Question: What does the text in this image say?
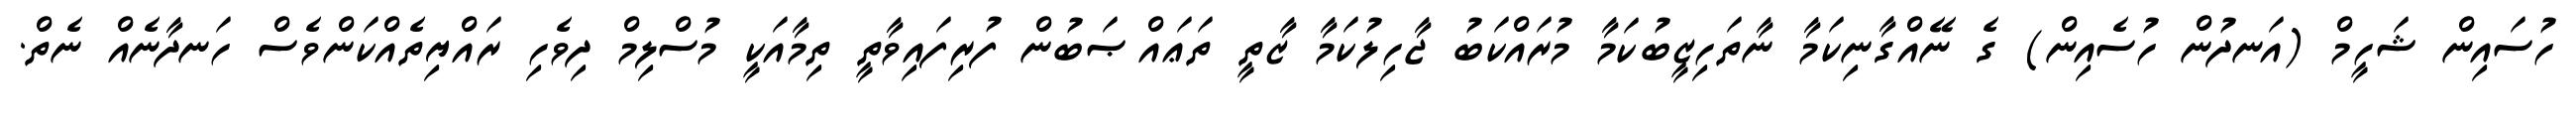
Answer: ހުސައިން ޝަހީމް (އަނދުން ހުސެއިން) ގެ ނޭއްގާނިކަމާ ނާތަހިޒީބުކަމާ މުރައްކަބު ޖާހިލުކަމާ ޒާތީ ތަޢައްޞަބުން ފުރިފައިވާތީ ތިމާއަކީ މުސްލިމް ދިވެހި ރައްޔިތެއްކަންވެސް ހަނދާނެއް ނެތް.